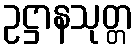
ဥဋ္ဌာနသုတ္တ